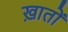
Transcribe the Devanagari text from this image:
ख़ातों